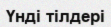
Үнді тілдері